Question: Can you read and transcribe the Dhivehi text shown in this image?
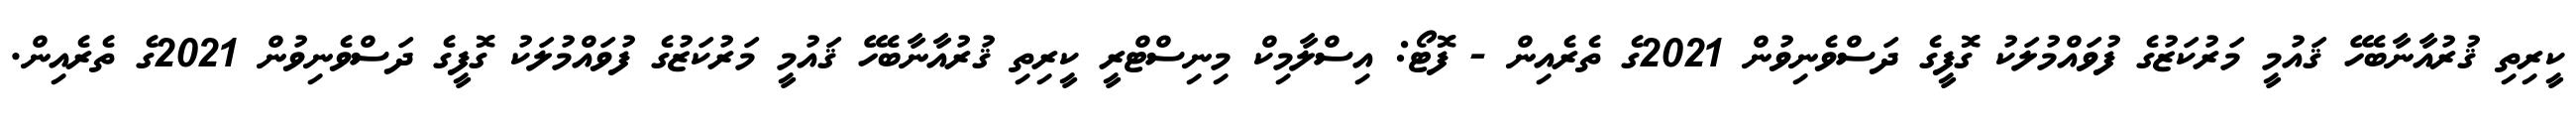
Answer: ކީރިތި ޤުރުއާނާބެހޭ ޤައުމީ މަރުކަޒުގެ ފުވައްމުލަކު ގޮފީގެ ދަސްވެނިވުން 2021ގެ ތެރެއިން - ފޮޓޯ: އިސްލާމިކް މިނިސްޓްރީ ކީރިތި ޤުރުއާނާބެހޭ ޤައުމީ މަރުކަޒުގެ ފުވައްމުލަކު ގޮފީގެ ދަސްވެނިވުން 2021ގެ ތެރެއިން.